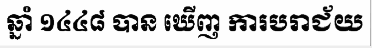
ឆ្នាំ ១៤៤៨ បាន ឃើញ ការបរាជ័យ